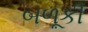
બળૂકી